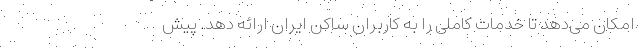
امکان می‌دهد تا خدمات کاملی را به کاربران ساکن ایران ارائه دهد. پیش